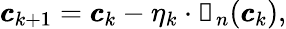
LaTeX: \begin{array}{r}{\pmb{c}_{k+1}=\pmb{c}_{k}-\eta_{k}\cdot\mathbb{g}_{n}(\pmb{c}_{k}),}\end{array}